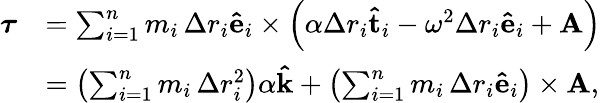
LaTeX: {\begin{array}{rl}{{\boldsymbol{\tau}}}&{=\sum_{i=1}^{n}m_{i}\, \Delta r_{i}\mathbf{\hat{e}}_{i}\times\left(\alpha\Delta r_{i}\mathbf{\hat{t}}_{i}-\omega^{2}\Delta r_{i}\mathbf{\hat{e}}_{i}+\mathbf{A}\right)}\\ &{=\left(\sum_{i=1}^{n}m_{i}\, \Delta r_{i}^{2}\right)\alpha\mathbf{\hat{k}}+\left(\sum_{i=1}^{n}m_{i}\, \Delta r_{i}\mathbf{\hat{e}}_{i}\right)\times\mathbf{A},}\end{array}}